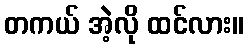
တကယ် အဲ့လို ထင်လား။